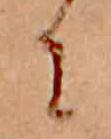
に